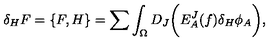
\delta _ { H } F = \{ F , H \} = \sum \int _ { \Omega } D _ { J } \biggl ( E _ { A } ^ { J } ( f ) \delta _ { H } \phi _ { A } \biggr ) ,